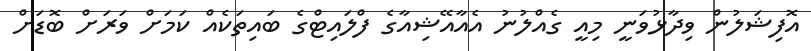
އޮފިޝަލުން ވިދާޅުވަނީ މިއީ ގެއްލުނު އެއާއޭޝިއާގެ ފްލައިޓްގެ ބައިތަކެއް ކަމަށް ވަރަށް ބޮޑަށް